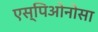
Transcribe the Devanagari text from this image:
एस्पिओनोसा